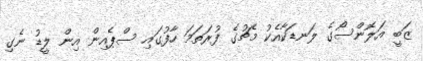
ޒަބީ އަލޮންސޯގެ ލަނޑަކާއެކު މެޗުގެ ފުރަތަމަ ހާފުގައި ސްޕެއިން އިން ލީޑު ނެގި